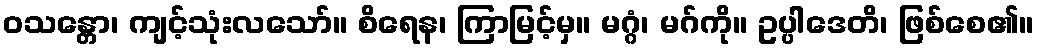
ဝသန္တော၊ ကျင့်သုံးလသော်။ စိရေန၊ ကြာမြင့်မှ။ မဂ္ဂံ၊ မဂ်ကို။ ဥပ္ပါဒေတိ၊ ဖြစ်စေ၏။